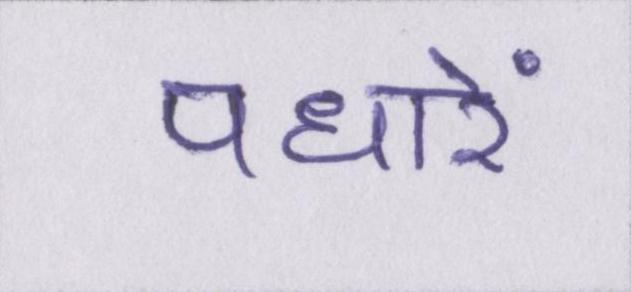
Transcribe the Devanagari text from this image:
पधारें